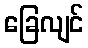
ခြေလျင်